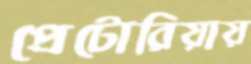
প্রেটোরিয়ায়